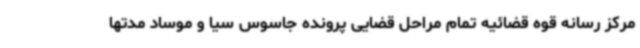
مرکز رسانه قوه قضائیه تمام مراحل قضایی پرونده جاسوس سیا و موساد مدتها